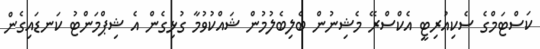
ކަސްޓަމްގެ ސެކިއުރިޓީ އެކްސްރޭ މެޝިނުން ބެލިބެލުމުން ޝައްކުވުމާ ގުޅިގެން އެ ޝިޕްމަންޓު ކަނޑައިގެން